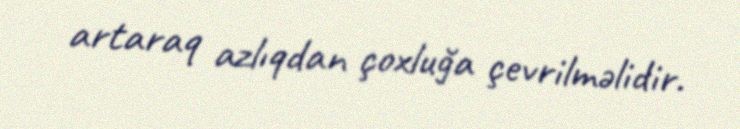
artaraq azlıqdan çoxluğa çevrilməlidir.